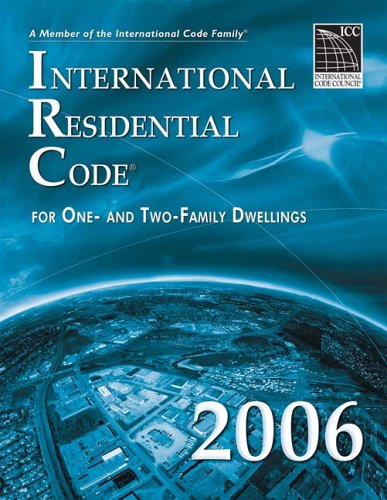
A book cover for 2006 International Residential Code (International Code Council Series); International Code Council; Law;